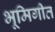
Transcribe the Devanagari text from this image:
भूमिगीत